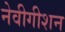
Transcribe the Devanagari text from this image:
नेवीगीशन